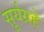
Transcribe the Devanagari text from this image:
सूर्यग्रहे